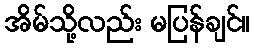
အိမ်သို့လည်း မပြန်ချင်။